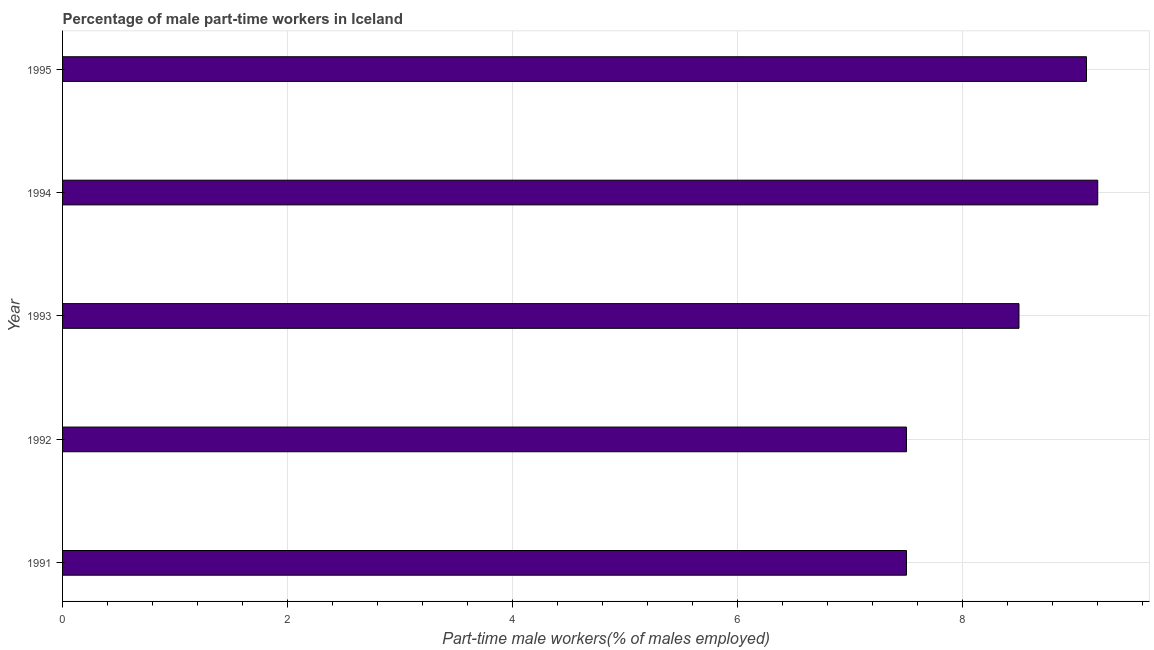
| Year | Part time employment |
 | --- | --- |
 | 1991 | 7.5 |
 | 1992 | 7.5 |
 | 1993 | 8.5 |
 | 1994 | 9.2 |
 | 1995 | 9.1 |